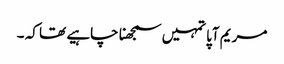
مریم آپا تمہیں سمجھنا چاہیے تھا کہ ۔